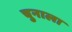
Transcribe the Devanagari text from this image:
चुनाला